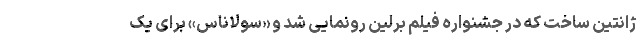
ژانتین ساخت که در جشنواره فیلم برلین رونمایی شد و «سولاناس» برای یک